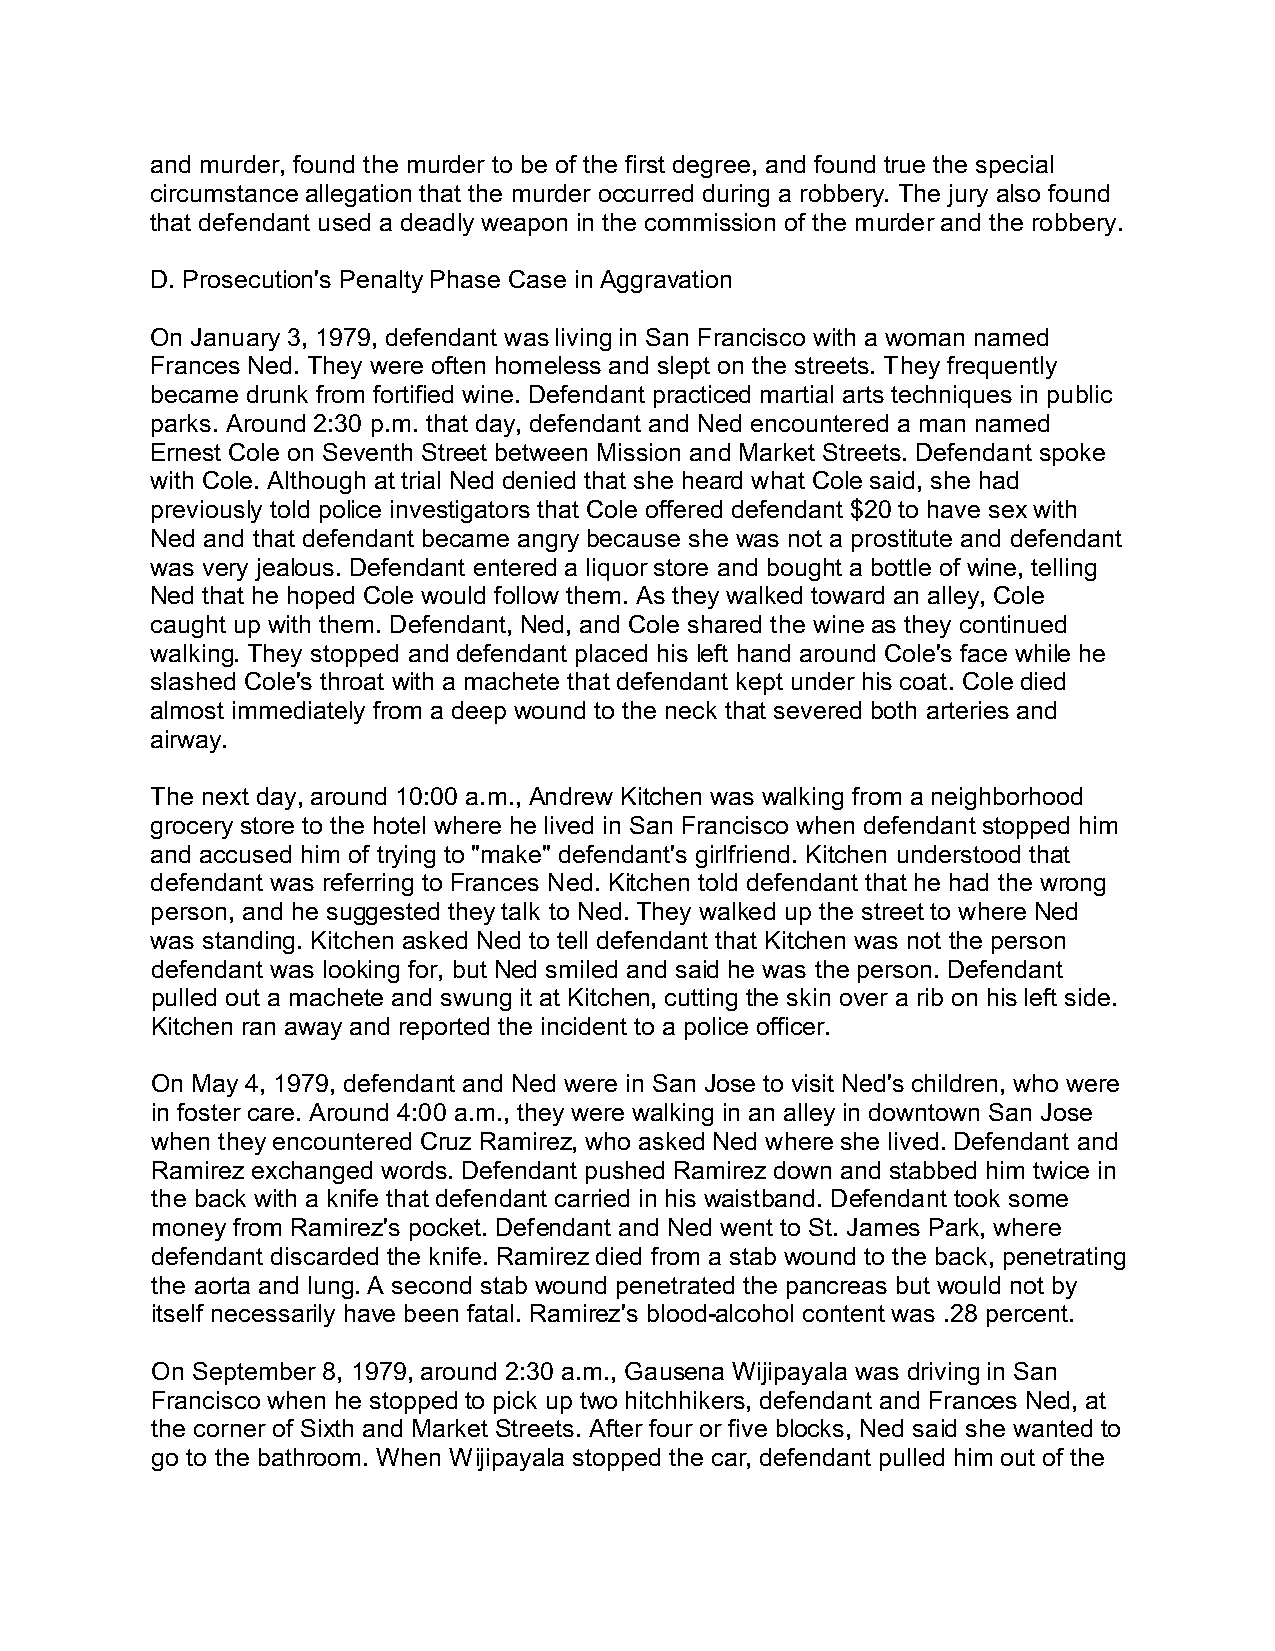
and murder, found the murder to be of the first degree, and found true the special
 circumstance allegation that the murder occurred during a robbery. The jury also found
 that defendant used a deadly weapon in the commission of the murder and the robbery.
 D. Prosecution's Penalty Phase Case in Aggravation
 On January 3, 1979, defendant was living in San Francisco with a woman named
 Frances Ned. They were often homeless and slept on the streets. They frequently
 became drunk from fortified wine. Defendant practiced martial arts techniques in public
 parks. Around 2:30 p.m. that day, defendant and Ned encountered a man named
 Ernest Cole on Seventh Street between Mission and Market Streets. Defendant spoke
 with Cole. Although at trial Ned denied that she heard what Cole said, she had
 previously told police investigators that Cole offered defendant $20 to have sex with
 Ned and that defendant became angry because she was not a prostitute and defendant
 was very jealous. Defendant entered a liquor store and bought a bottle of wine, telling
 Ned that he hoped Cole would follow them. As they walked toward an alley, Cole
 caught up with them. Defendant, Ned, and Cole shared the wine as they continued
 walking. They stopped and defendant placed his left hand around Cole's face while he
 slashed Cole's throat with a machete that defendant kept under his coat. Cole died
 almost immediately from a deep wound to the neck that severed both arteries and
 airway.
 The next day, around 10:00 a.m., Andrew Kitchen was walking from a neighborhood
 grocery store to the hotel where he lived in San Francisco when defendant stopped him
 and accused him of trying to "make" defendant's girlfriend. Kitchen understood that
 defendant was referring to Frances Ned. Kitchen told defendant that he had the wrong
 person, and he suggested they talk to Ned. They walked up the street to where Ned
 was standing. Kitchen asked Ned to tell defendant that Kitchen was not the person
 defendant was looking for, but Ned smiled and said he was the person. Defendant
 pulled out a machete and swung it at Kitchen, cutting the skin over a rib on his left side.
 Kitchen ran away and reported the incident to a police officer.
 On May 4, 1979, defendant and Ned were in San Jose to visit Ned's children, who were
 in foster care. Around 4:00 a.m., they were walking in an alley in downtown San Jose
 when they encountered Cruz Ramirez, who asked Ned where she lived. Defendant and
 Ramirez exchanged words. Defendant pushed Ramirez down and stabbed him twice in
 the back with a knife that defendant carried in his waistband. Defendant took some
 money from Ramirez's pocket. Defendant and Ned went to St. James Park, where
 defendant discarded the knife. Ramirez died from a stab wound to the back, penetrating
 the aorta and lung. A second stab wound penetrated the pancreas but would not by
 itself necessarily have been fatal. Ramirez's blood-alcohol content was .28 percent.
 On September 8, 1979, around 2:30 a.m., Gausena Wijipayala was driving in San
 Francisco when he stopped to pick up two hitchhikers, defendant and Frances Ned, at
 the corner of Sixth and Market Streets. After four or five blocks, Ned said she wanted to
 go to the bathroom. When Wijipayala stopped the car, defendant pulled him out of the